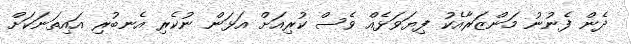
ދެން ފެނުނު މަންޒަރާއެކު ފިޔަވަޅެއް ވެސް ކުރިއަށް އަޅަން ނުކެރި އެނބުރި އައިތަނަކަށް